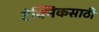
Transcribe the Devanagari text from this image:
टेक्निकसाठी